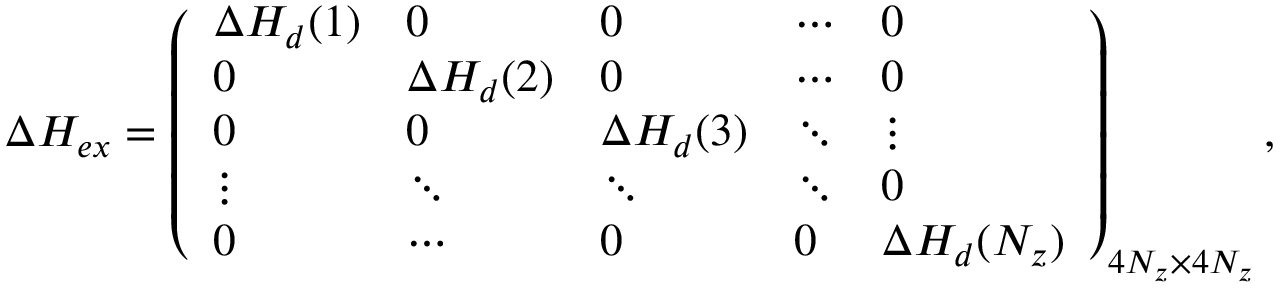
\begin{array} { r } { \Delta { \cal H } _ { e x } = \left( \begin{array} { l l l l l } { \Delta { \cal H } _ { d } ( 1 ) } & { 0 } & { 0 } & { \cdots } & { 0 } \\ { 0 } & { \Delta { \cal H } _ { d } ( 2 ) } & { 0 } & { \cdots } & { 0 } \\ { 0 } & { 0 } & { \Delta { \cal H } _ { d } ( 3 ) } & { \ddots } & { \vdots } \\ { \vdots } & { \ddots } & { \ddots } & { \ddots } & { 0 } \\ { 0 } & { \cdots } & { 0 } & { 0 } & { \Delta { \cal H } _ { d } ( N _ { z } ) } \end{array} \right) _ { 4 N _ { z } \times 4 N _ { z } } , } \end{array}